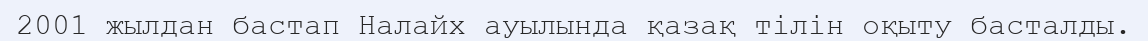
2001 жылдан бастап Налайх ауылында қазақ тілін оқыту басталды.